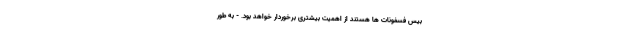
بیس فسفونات ها هستند از اهمیت بیشتری برخوردار خواهد بود. - به طور